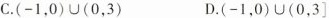
C.(-1，0)∪(0，3) D.(-1，0)∪(0，3]